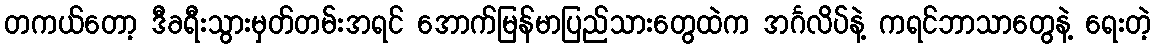
တကယ်တော့ ဒီခရီးသွားမှတ်တမ်းအရင် အောက်မြန်မာပြည်သားတွေထဲက အင်္ဂလိပ်နဲ့ ကရင်ဘာသာတွေနဲ့ ရေးတဲ့